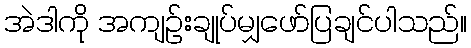
အဲဒါကို အကျဉ်းချုပ်မျှဖော်ပြချင်ပါသည်။